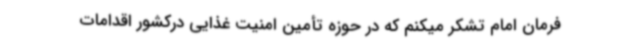
فرمان امام تشکر میکنم که در حوزه تأمین امنیت غذایی درکشور اقدامات